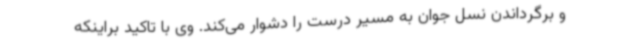
و برگرداندن نسل جوان به مسیر درست را دشوار می‌کند. وی با تاکید براینکه